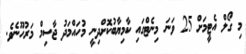
މި ގޯލް އެޓީމަށް 25 ވަނަ މިނެޓްގައި ކާމިޔާބުކޮށްދިނީ މުހައްމަދު ޖާސިމް މަރުހޫނެވެ.